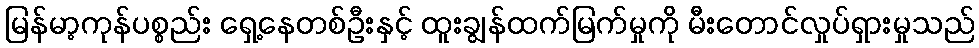
မြန်မာ့ကုန်ပစ္စည်း ရှေ့နေတစ်ဦးနှင့် ထူးချွန်ထက်မြက်မှုကို မီးတောင်လှုပ်ရှားမှုသည်